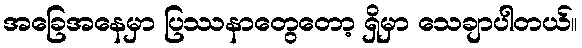
အခြေအနေမှာ ပြဿနာတွေတော့ ရှိမှာ သေချာပါတယ်။